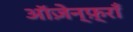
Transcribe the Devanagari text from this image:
ऑज़ेन्फ़्राँ